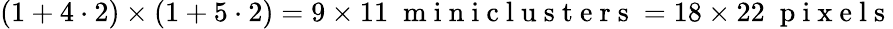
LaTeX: (1+4\cdot 2)\times(1+5\cdot 2)=9\times 11\; \mathrm{~m~i~n~i~c~l~u~s~t~e~r~s~}=18\times 22\; \mathrm{~p~i~x~e~l~s~}